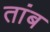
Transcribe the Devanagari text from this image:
तांब